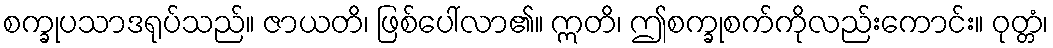
စက္ခုပသာဒရုပ်သည်။ ဇာယတိ၊ ဖြစ်ပေါ်လာ၏။ ဣတိ၊ ဤစက္ခုစက်ကိုလည်းကောင်း။ ဝုတ္တံ၊